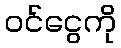
ဝင်ငွေကို